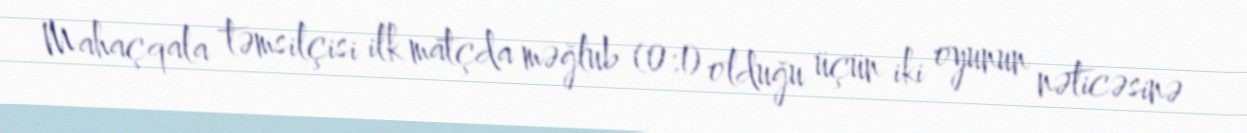
Mahaçqala təmsilçisi ilk matçda məğlub (0:1) olduğu üçün iki oyunun nəticəsinə